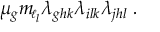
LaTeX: \mu _ { g } m _ { \! \scriptscriptstyle \ell _ { l } } \lambda _ { g h k } \lambda _ { i l k } \lambda _ { j h l } \; .